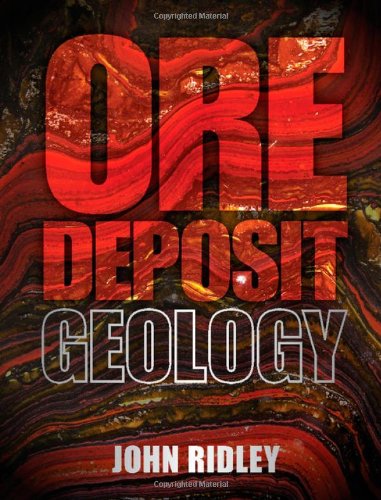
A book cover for Ore Deposit Geology; Professor John Ridley; Science & Math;